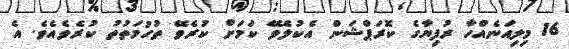
16 މިލިއަނެއްހާ ރުފިޔާގެ ކޮރަޕްޝަން އެކުލެވޭ ކަމަށް ކުރެވޭ ތުހުމަތުތު ކުރެވެއެވެ. އެ